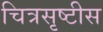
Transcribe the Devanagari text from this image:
चित्रसृष्टीस